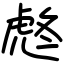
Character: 𧆼